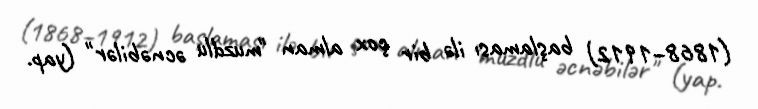
(1868–1912) başlaması ilə bir çox alman "muzdlu əcnəbilər" (yap.